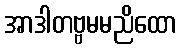
အာဒါတဗ္ဗမမညိထော